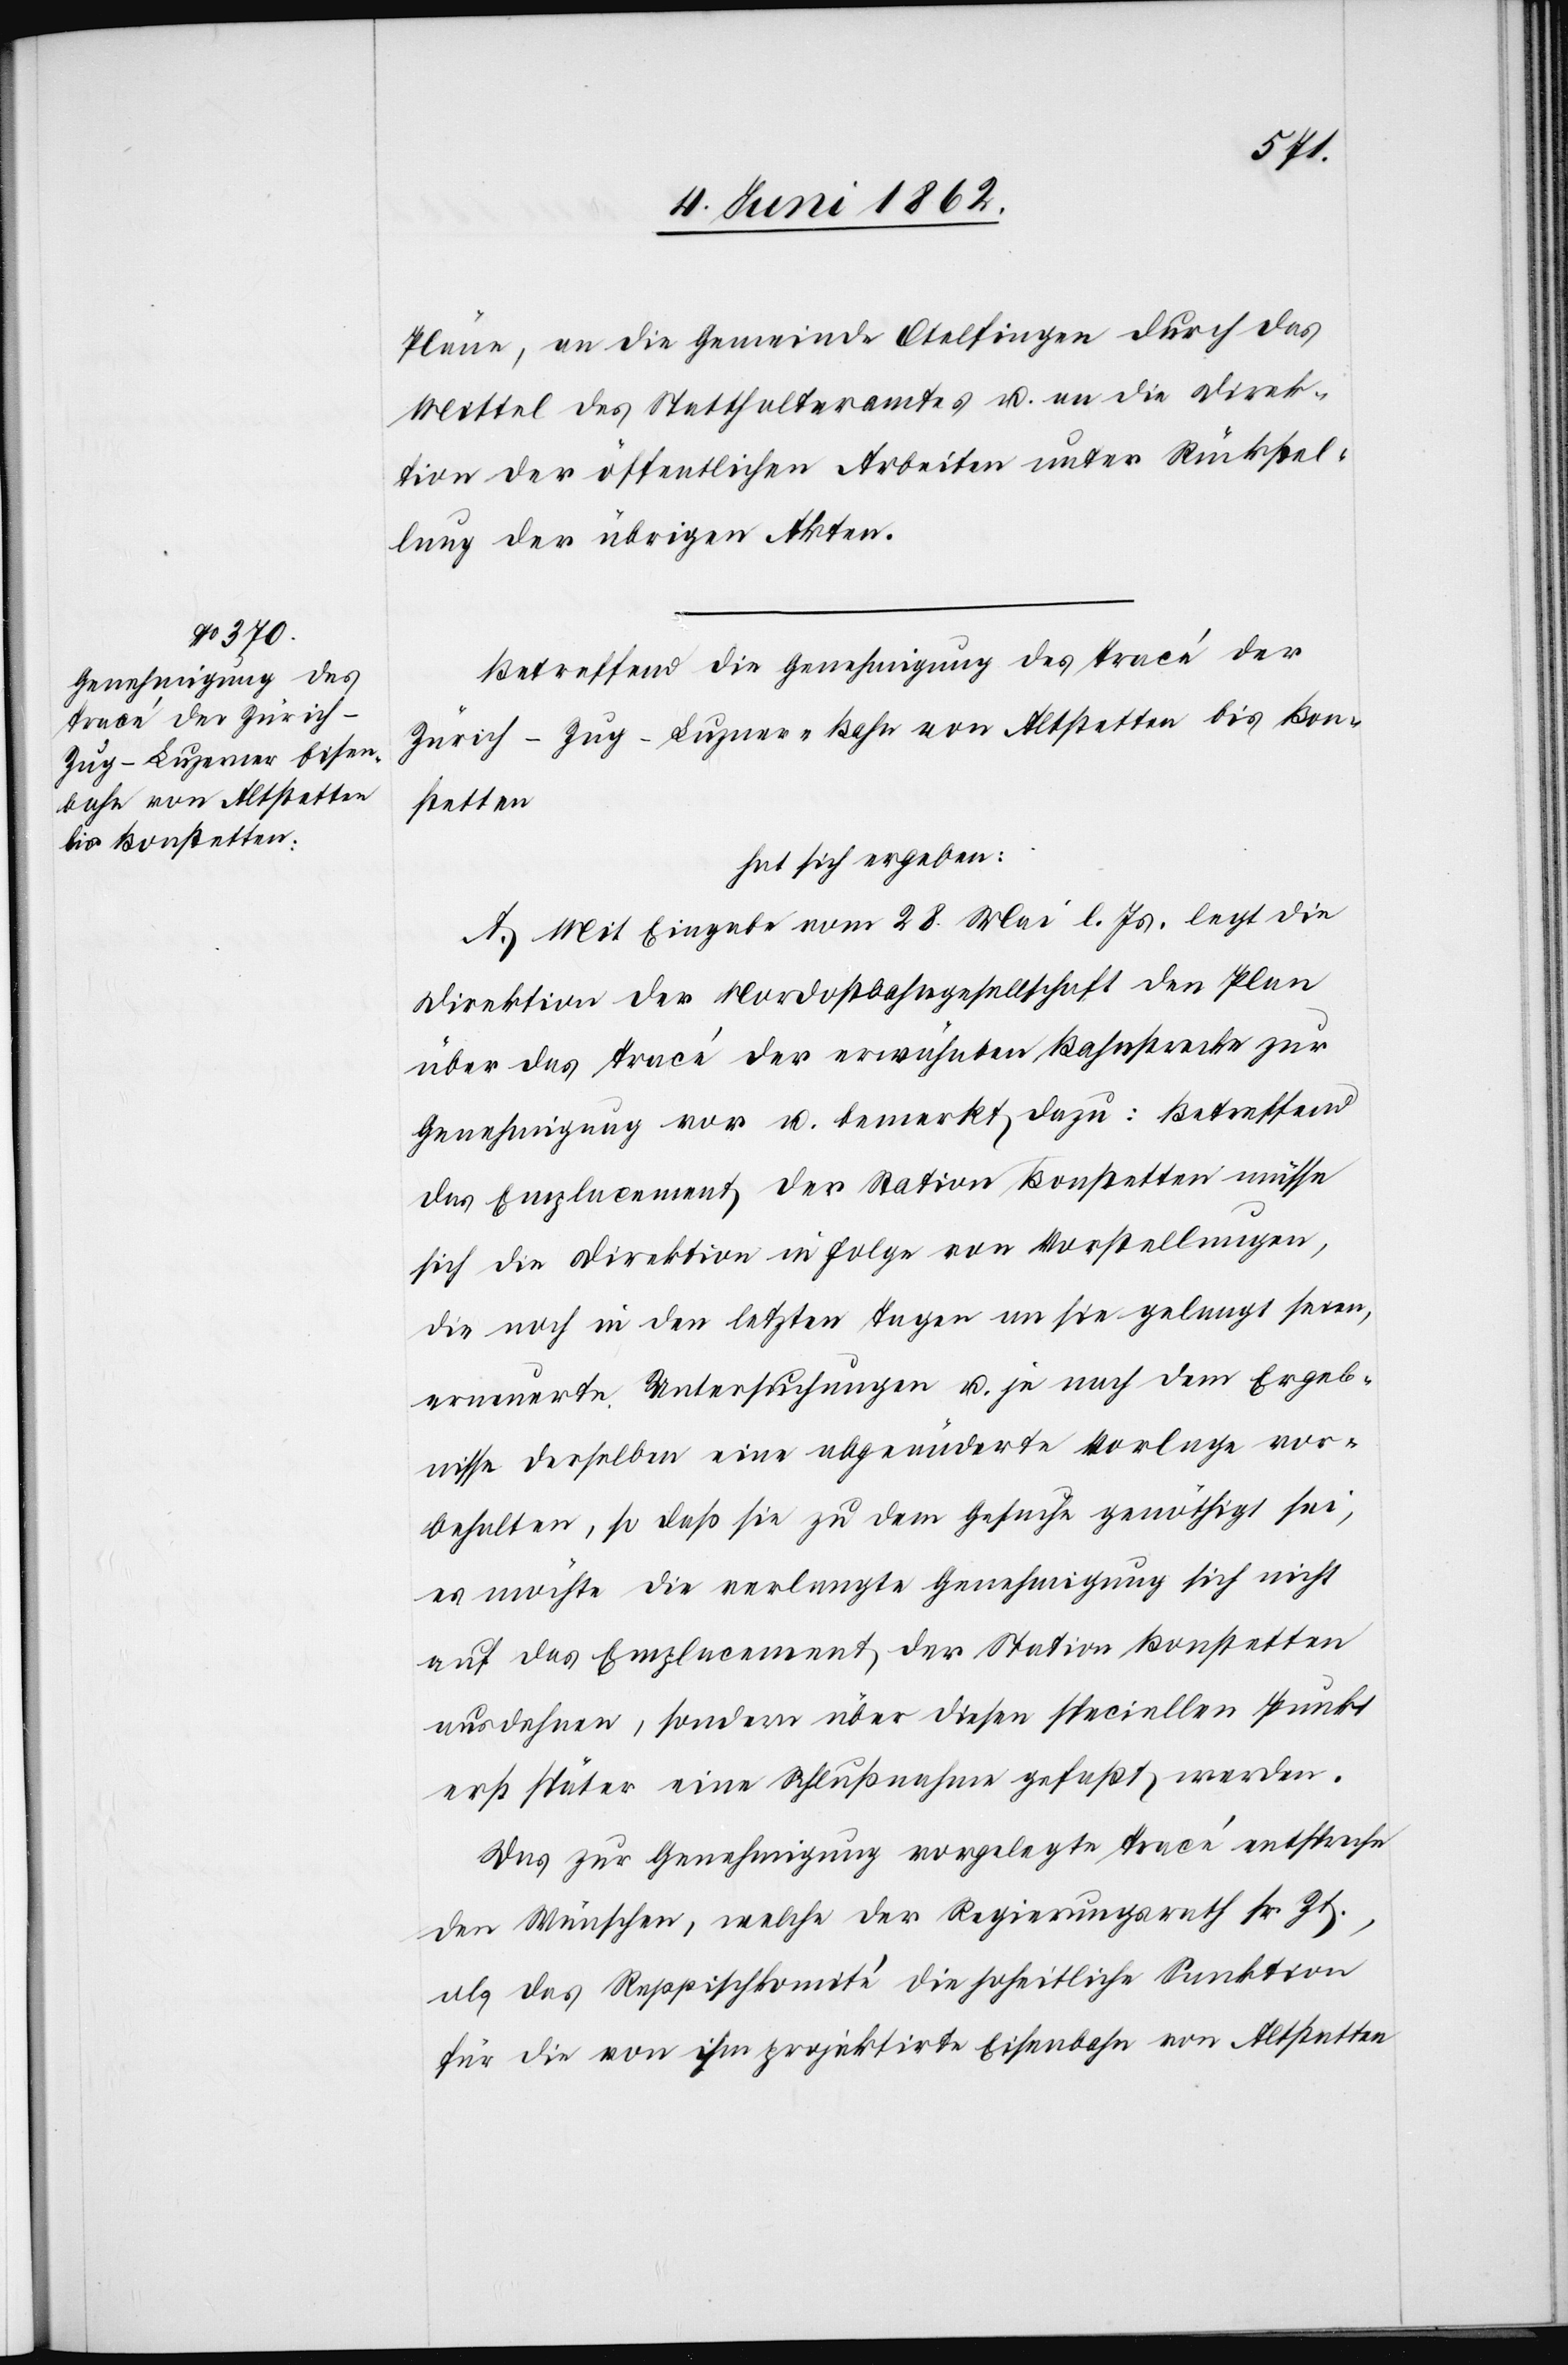
Pläne, an die Gemeinde Otelfingen durch das
Mittel des Statthalteramtes u. an die Direk¬
tion der öffentlichen Arbeiten unter Rückstel¬
lung der übrigen Akten.
Betreffend die Genehmigung des Tracé der
Zürich–Zug–Luzner-Bahn [sic!] von Altstetten bis Bon¬
stetten
hat sich ergeben:
A. Mit Eingabe vom 28. Mai l. Js. legt die
Direktion der Nordostbahngesellschaft den Plan
über das Tracé der erwähnten Bahnstrecke zur
Genehmigung vor u. bemerkt dazu: Betreffend
das Emplacement der Station Bonstetten müsse
sich die Direktion in Folge von Vorstellungen,
die noch in den letzten Tagen an sie gelangt seien,
erneuerte Untersuchungen u. je nach dem Ergeb¬
nisse derselben eine abgeänderte Vorlage vor¬
behalten, so daß sie zu dem Gesuche genöthigt sei,
es möchte die verlangte Genehmigung sich nicht
auf das Emplacement der Station Bonstetten
ausdehnen, sondern über diesen speciellen Punkt
erst später eine Schlußnahme gefaßt werden.
Das zur Genehmigung vorgelegte Tracé entspreche
den Wünschen, welche der Regierungsrath sr. Zt.,
als das Reppischkomité die hoheitliche Sanktion
für die von ihm projektirte Eisenbahn von Altstetten